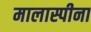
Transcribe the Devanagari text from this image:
मालास्पीना